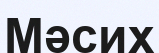
Мәсих